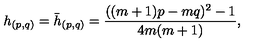
h _ { ( p , q ) } = \bar { h } _ { ( p , q ) } = \frac { ( ( m + 1 ) p - m q ) ^ { 2 } - 1 } { 4 m ( m + 1 ) } ,